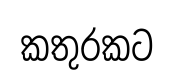
කතුරකට